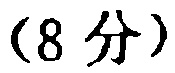
(8 分)